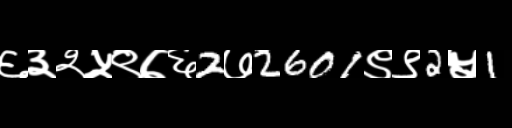
Text: ६३२५९७६2७2601९९2५1